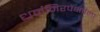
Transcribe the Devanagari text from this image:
धर्मनिरपेक्षतेला